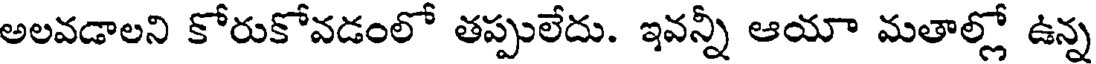
అలవడాలని కోరుకోవడంలో తప్పులేదు. ఇవన్నీ ఆయా మతాల్లో ఉన్న